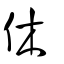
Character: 休